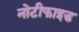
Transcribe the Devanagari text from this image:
नोटीफाइड